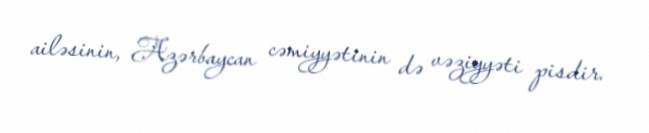
ailəsinin, Azərbaycan cəmiyyətinin də vəziyyəti pisdir.